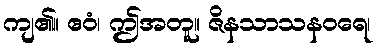
ကျ၏။ ဧဝံ၊ ဤအတူ။ ဇိနသာသနဝရေ၊